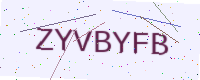
Text: ZYVBYFB